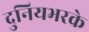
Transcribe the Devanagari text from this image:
दुनियभरके